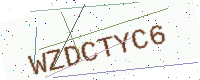
Text: WZDCTYC6